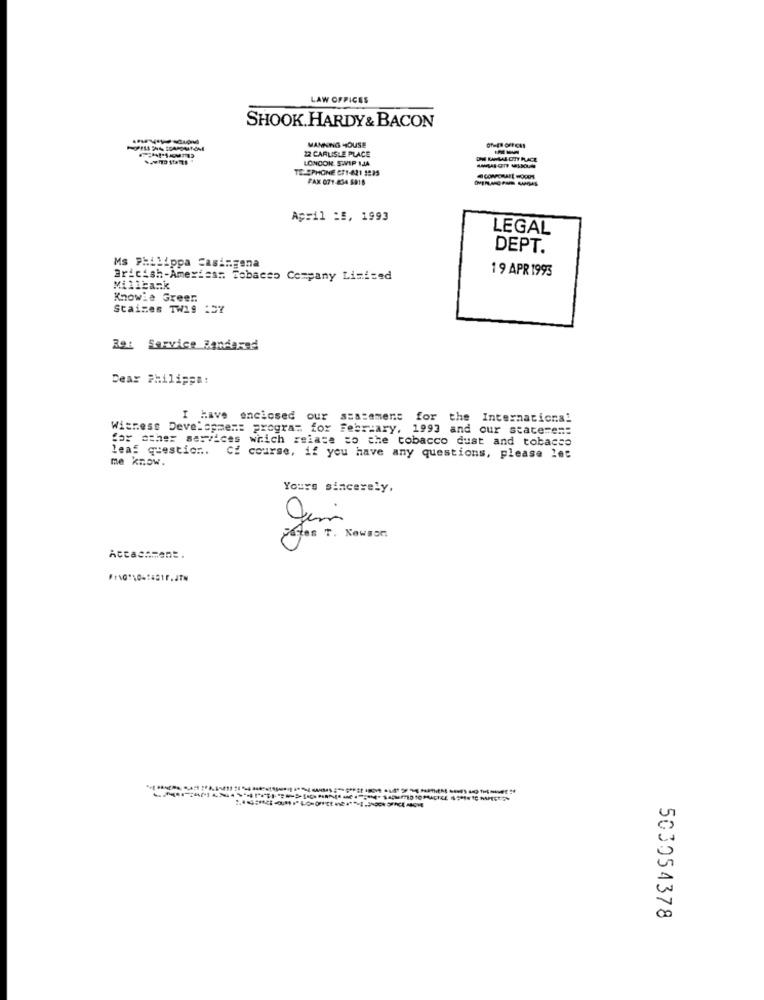
LAW OFFICES
SHOOK. HARDY & BACON
MANNING HOUSE
22 CARLISLE PLACE
LONCON S.VIP 1JA
TELEPHONE CF1-621 3835
FAX 071-854 5818
April :5, 1993
LEGAL
DEPT.
Ms Philippa Casingena
19 APR 1993
Bricish-American Tobacco Company Limited
Millbank
Knowie Green
Staizes TW19 :DY
Re: Service Bandared
Dear Philippa:
I Have
enclosed our statement for the International
Witness Development program for february, 1993 and our state=e =:
for other services which relate to the tobacco dust and tobacco
leaf question ..
me know.
Cf course, if you have any questions, please let
Yours sincerely,
gemi
Totes T. Newson
Attachment.
503054378